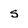
Character: s